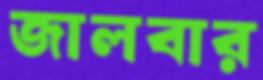
জালবার